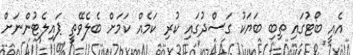
އެއީ ބޯޓުގައި ތިބި ބަޔަކު ގަސްދުގައި ކުރި ކަމެއް ކަމަށް ބެލެވޭތީ ޕައިލެޓުންނަށް